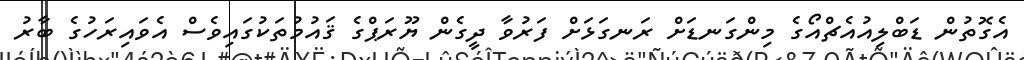
އެގޮތުން ޑަބްލިއުއެޗްއޯގެ މިންގަނޑަށް ރަނގަޅަށް ފަރުވާ ދީގެން ޔޫރަޕްގެ ޤައުމުތަކުގައިވެސް އެވައިރަހުގެ ބާރު